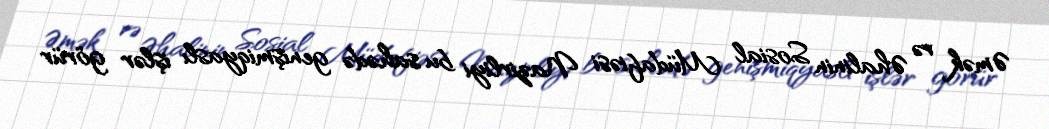
Əmək və Əhalinin Sosial Müdafiəsi Nazirliyi bu sahədə genişmiqyaslı işlər görür